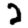
Digit: 2